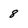
Character: 8